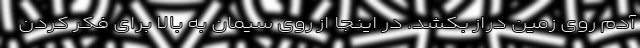
آدم روی زمین دراز بکشد. در اینجا از روی سیمان به بالا برای فکر کردن